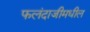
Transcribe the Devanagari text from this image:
फलंदाजीमधील